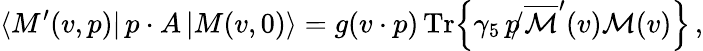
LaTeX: \langle M^{\prime}(v,p)|\, p\cdot A\, |M(v,0)\rangle=g(v\cdot p)\, \mathrm{Tr}\Big\{ \gamma_{5}\, \, \rlap/\! p\, \overline{{{\cal{M}}}}^{\prime}(v){\cal{M}}(v)\Big\} \, ,